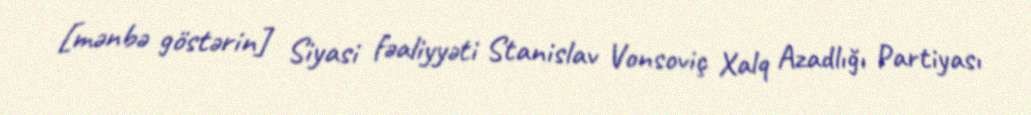
[mənbə göstərin] Siyasi fəaliyyəti Stanislav Vonsoviç Xalq Azadlığı Partiyası